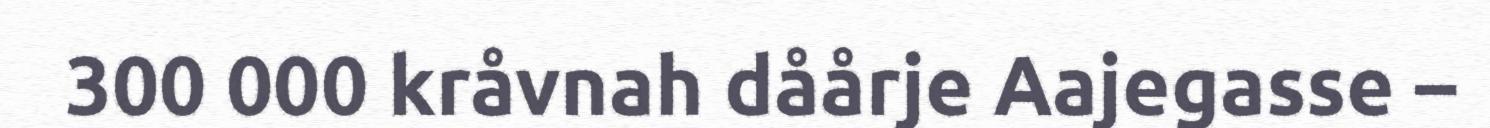
300 000 kråvnah dåårje Aajegasse –